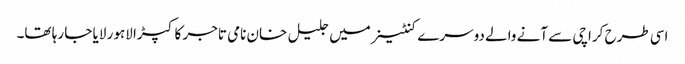
اسی طرح کراچی سے آنے والے دوسرے کنٹینر میں جلیل خان نامی تاجر کا کپڑا لاہور لایا جا رہا تھا۔